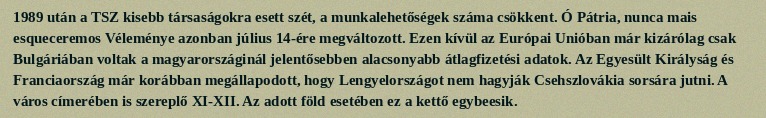
1989 után a TSZ kisebb társaságokra esett szét, a munkalehetőségek száma csökkent. Ó Pátria, nunca mais esqueceremos Véleménye azonban július 14-ére megváltozott. Ezen kívül az Európai Unióban már kizárólag csak Bulgáriában voltak a magyarországinál jelentősebben alacsonyabb átlagfizetési adatok. Az Egyesült Királyság és Franciaország már korábban megállapodott, hogy Lengyelországot nem hagyják Csehszlovákia sorsára jutni. A város címerében is szereplő XI-XII. Az adott föld esetében ez a kettő egybeesik.